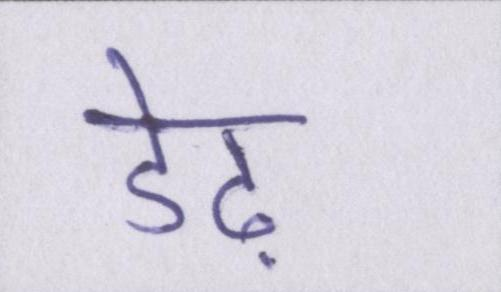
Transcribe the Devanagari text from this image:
डेढ़